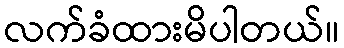
လက်ခံထားမိပါတယ်။